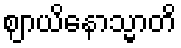
ဈာယိနောသ္မာတိ